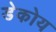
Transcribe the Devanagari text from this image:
डेकोय